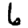
Digit: 6